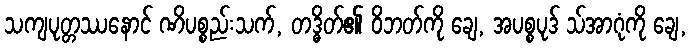
သကျပုတ္တဿနောင် ဏိပစ္စည်းသက်, တဒ္ဓိတ်၏ ဝိဘတ်ကို ချေ, အပစ္စပုဒ် သ်အာဂုံကို ချေ,